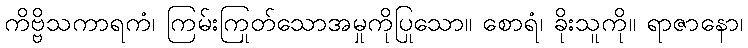
ကိဗ္ဗိသကာရကံ၊ ကြမ်းကြုတ်သောအမှုကိုပြုသော။ စောရံ၊ ခိုးသူကို။ ရာဇာနော၊